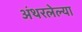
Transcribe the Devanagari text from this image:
अंथरलेल्या